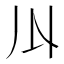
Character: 𠄓